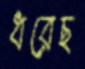
ধরেছ